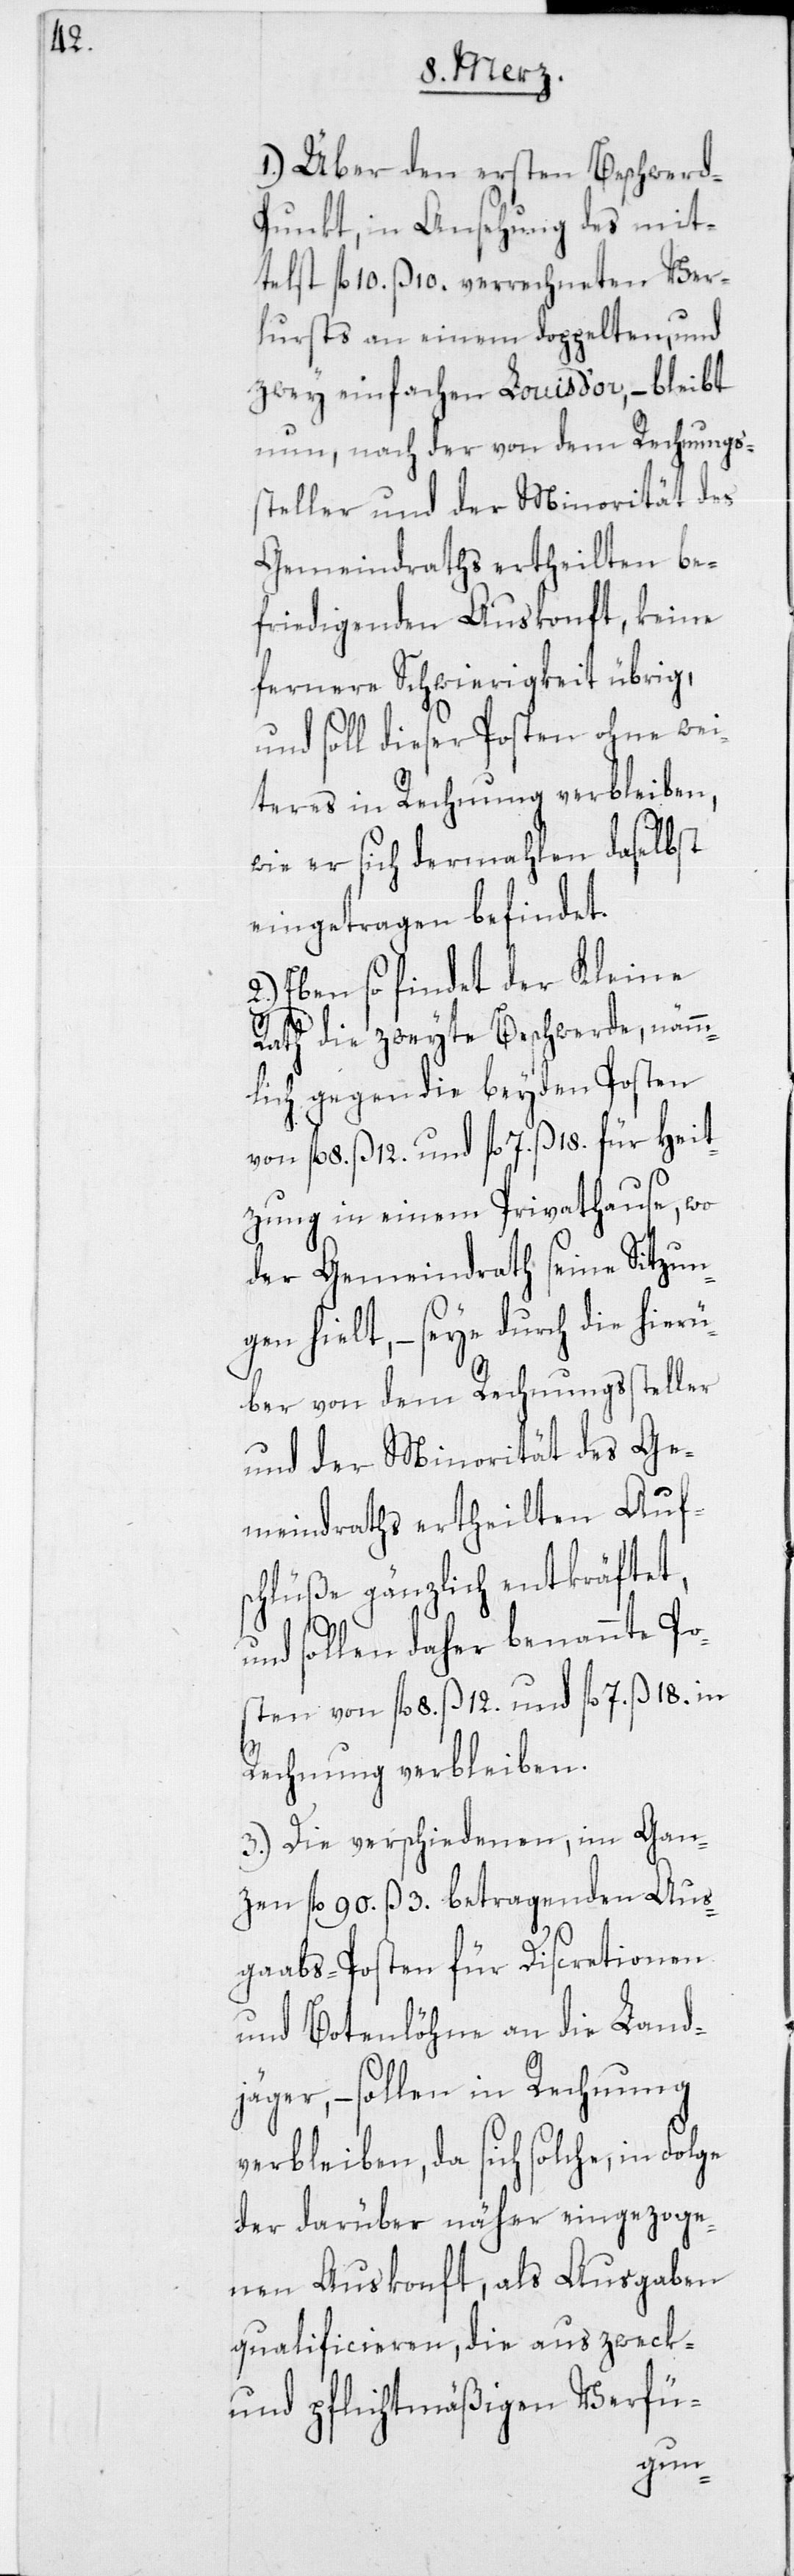
1.) Über den ersten Beschwer¬
d-Punkt, in Ansehung des mit¬
telst fl. 10. ß 10. verrechneten Ver¬
lursts an einem doppelten, und
zwey einfachen Louis d’or, – bleibt
nun, nach der von dem Rechnungs¬
steller und der Minorität des
Gemeindraths ertheilten be¬
friedigenden Auskonft, keine
fernere Schwierigkeit übrig,
und soll dieser Posten ohne wei¬
teres in Rechnung verbleiben,
wie er sich dermahlen daselbst
eingetragen befindet.
2.) Eben so findet der Kleine
Rath die zweyte Beschwerde, nämm¬
lich gegen die beyden Posten
von fl. 8. ß 12. und fl. 7. ß 18. für Heit¬
zung in einem Privathause, wo
der Gemeindrath seine Sitzun¬
gen hielt, – seye durch die hierü¬
ber von dem Rechnungssteller
und der Minorität des Ge¬
meindraths ertheilten Auf¬
schlüße gänzlich entkräftet,
und sollen daher benannte Po¬
sten von fl. 8. ß 12. und fl. 7. ß 18. in
Rechnung verbleiben.
3.) Die verschiedenen, im Gan¬
zen fl. 90. ß 3. betragenden Aus¬
gaabs-Posten für Discretionen
und Botenlöhne an die Land¬
jäger, – sollen in Rechnung
verbleiben, da sich solche, in
der darüber näher eingezoge¬
nen Auskonft, als Ausgaben
qualificieren, die aus zweck-
und pflichtmäßigen Verfü-